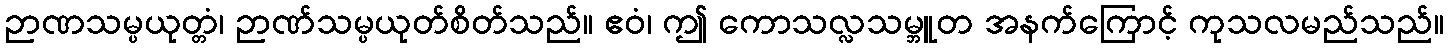
ဉာဏသမ္ပယုတ္တံ၊ ဉာဏ်သမ္ပယုတ်စိတ်သည်။ ဧဝံ၊ ဤ ကောသလ္လသမ္ဘူတ အနက်ကြောင့် ကုသလမည်သည်။